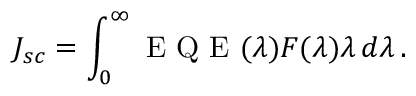
J _ { s c } = \int _ { 0 } ^ { \infty } \mathrm { ~ E ~ Q ~ E ~ } ( \lambda ) F ( \lambda ) \lambda \, d \lambda \, .